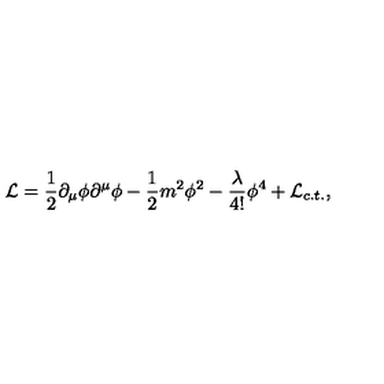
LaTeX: { \cal L } = \frac 1 2 \partial _ { \mu } \phi \partial ^ { \mu } \phi - \frac 1 2 m ^ { 2 } \phi ^ { 2 } - \frac \lambda { 4 ! } \phi ^ { 4 } + { \cal L } { _ { c . t . } } ,